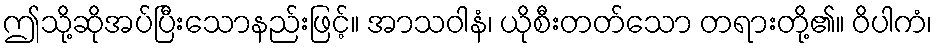
ဤသို့ဆိုအပ်ပြီးသောနည်းဖြင့်။ အာသဝါနံ၊ ယိုစီးတတ်သော တရားတို့၏။ ဝိပါကံ၊